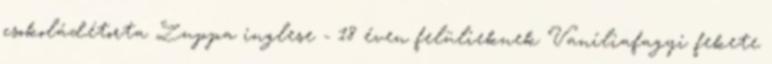
csokoládétorta Zuppa inglese - 18 éven felülieknek Vaníliafagyi fekete